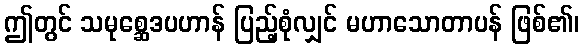
ဤတွင် သမုစ္ဆေဒပဟာန် ပြည့်စုံလျှင် မဟာသောတာပန် ဖြစ်၏၊